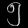
Digit: ၅